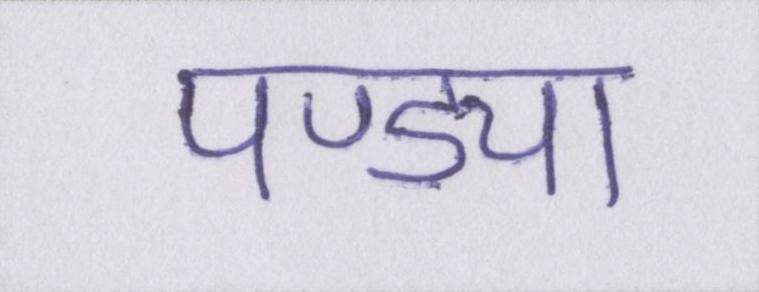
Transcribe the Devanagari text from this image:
पण्ड्या